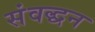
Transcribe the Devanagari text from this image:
संवद्धन